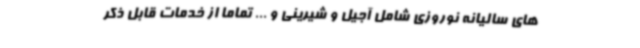
های سالیانه نوروزی شامل آجیل و شیرینی و ... تماما از خدمات قابل ذکر